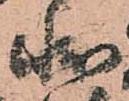
状